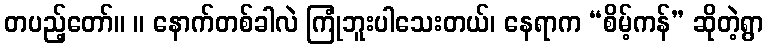
တပည့်တော်။ ။ နောက်တစ်ခါလဲ ကြုံဘူးပါသေးတယ်၊ နေရာက “စိမ့်ကန်” ဆိုတဲ့ရွာ